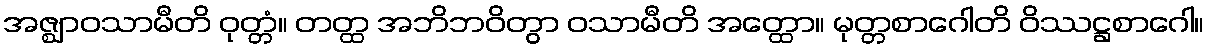
အဇ္ဈာဝသာမီတိ ဝုတ္တံ။ တတ္ထ အဘိဘဝိတွာ ဝသာမီတိ အတ္ထော။ မုတ္တစာဂေါတိ ဝိဿဋ္ဌစာဂေါ။